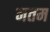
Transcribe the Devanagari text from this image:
नतम